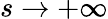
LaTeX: s\rightarrow+\infty